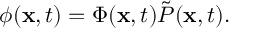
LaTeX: \phi ( { \mathbf x } , t ) = \Phi ( { \mathbf x } , t ) \tilde { P } ( { \mathbf x } , t ) .